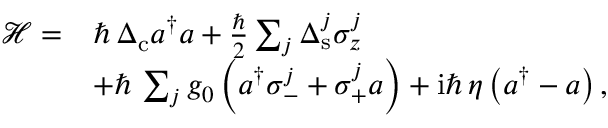
\begin{array} { r l } { \mathcal { H } = } & { \hbar \, \Delta _ { \mathrm { c } } a ^ { \dagger } a + \frac { \hbar } { 2 } \sum _ { j } \Delta _ { \mathrm { s } } ^ { j } \sigma _ { z } ^ { j } } \\ & { + \hbar \, \sum _ { j } g _ { 0 } \left( a ^ { \dagger } \sigma _ { - } ^ { j } + \sigma _ { + } ^ { j } a \right) + \mathrm { i } \hbar \, \eta \left( a ^ { \dagger } - a \right) , } \end{array}